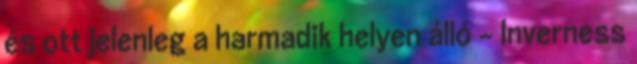
és ott jelenleg a harmadik helyen álló – Inverness